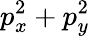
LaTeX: p_{x}^{2}+p_{y}^{2}